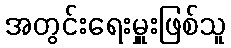
အတွင်းရေးမှူးဖြစ်သူ